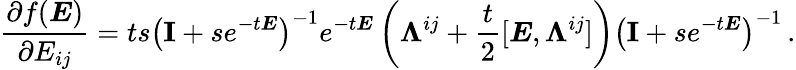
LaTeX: \frac{\partial f(\boldsymbol{E})}{\partial E_{ij}}=ts\left(\textbf{I}+se^{-t\boldsymbol{E}}\right)^{-1}e^{-t\boldsymbol{E}}\left(\boldsymbol{\Lambda}^{ij}+\frac{t}{2}[\boldsymbol{E},\boldsymbol{\Lambda}^{ij}]\right)\left(\textbf{I}+se^{-t\boldsymbol{E}}\right)^{-1}\, .